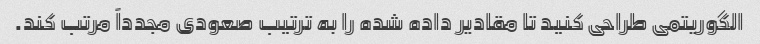
الگوریتمی طراحی کنید تا مقادیر داده شده را به ترتیب صعودی مجدداً مرتب کند.